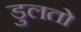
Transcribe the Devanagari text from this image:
डुलतो